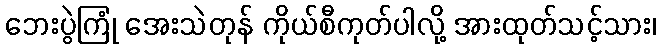
ဘေးပွဲကြုံ အေးသဲတုန် ကိုယ်စီကုတ်ပါလို့ အားထုတ်သင့်သား၊